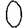
Digit: 0